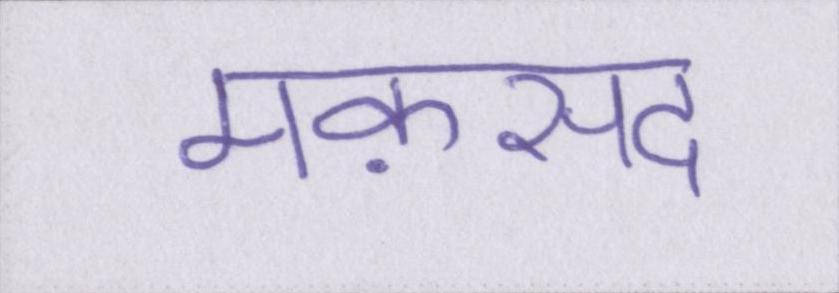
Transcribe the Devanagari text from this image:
मक़सद